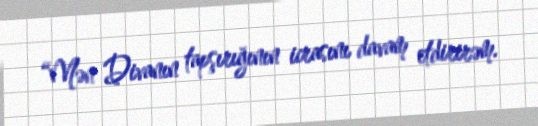
“Mən Divanın tapşırığının icrasını davam etdirirəm.